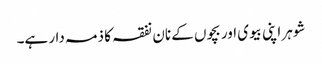
شوہر اپنی بیوی اور بچوں کے نان نفقہ کا ذمہ دار ہے۔